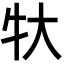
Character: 𬌚